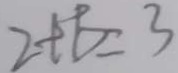
2 + b = 3